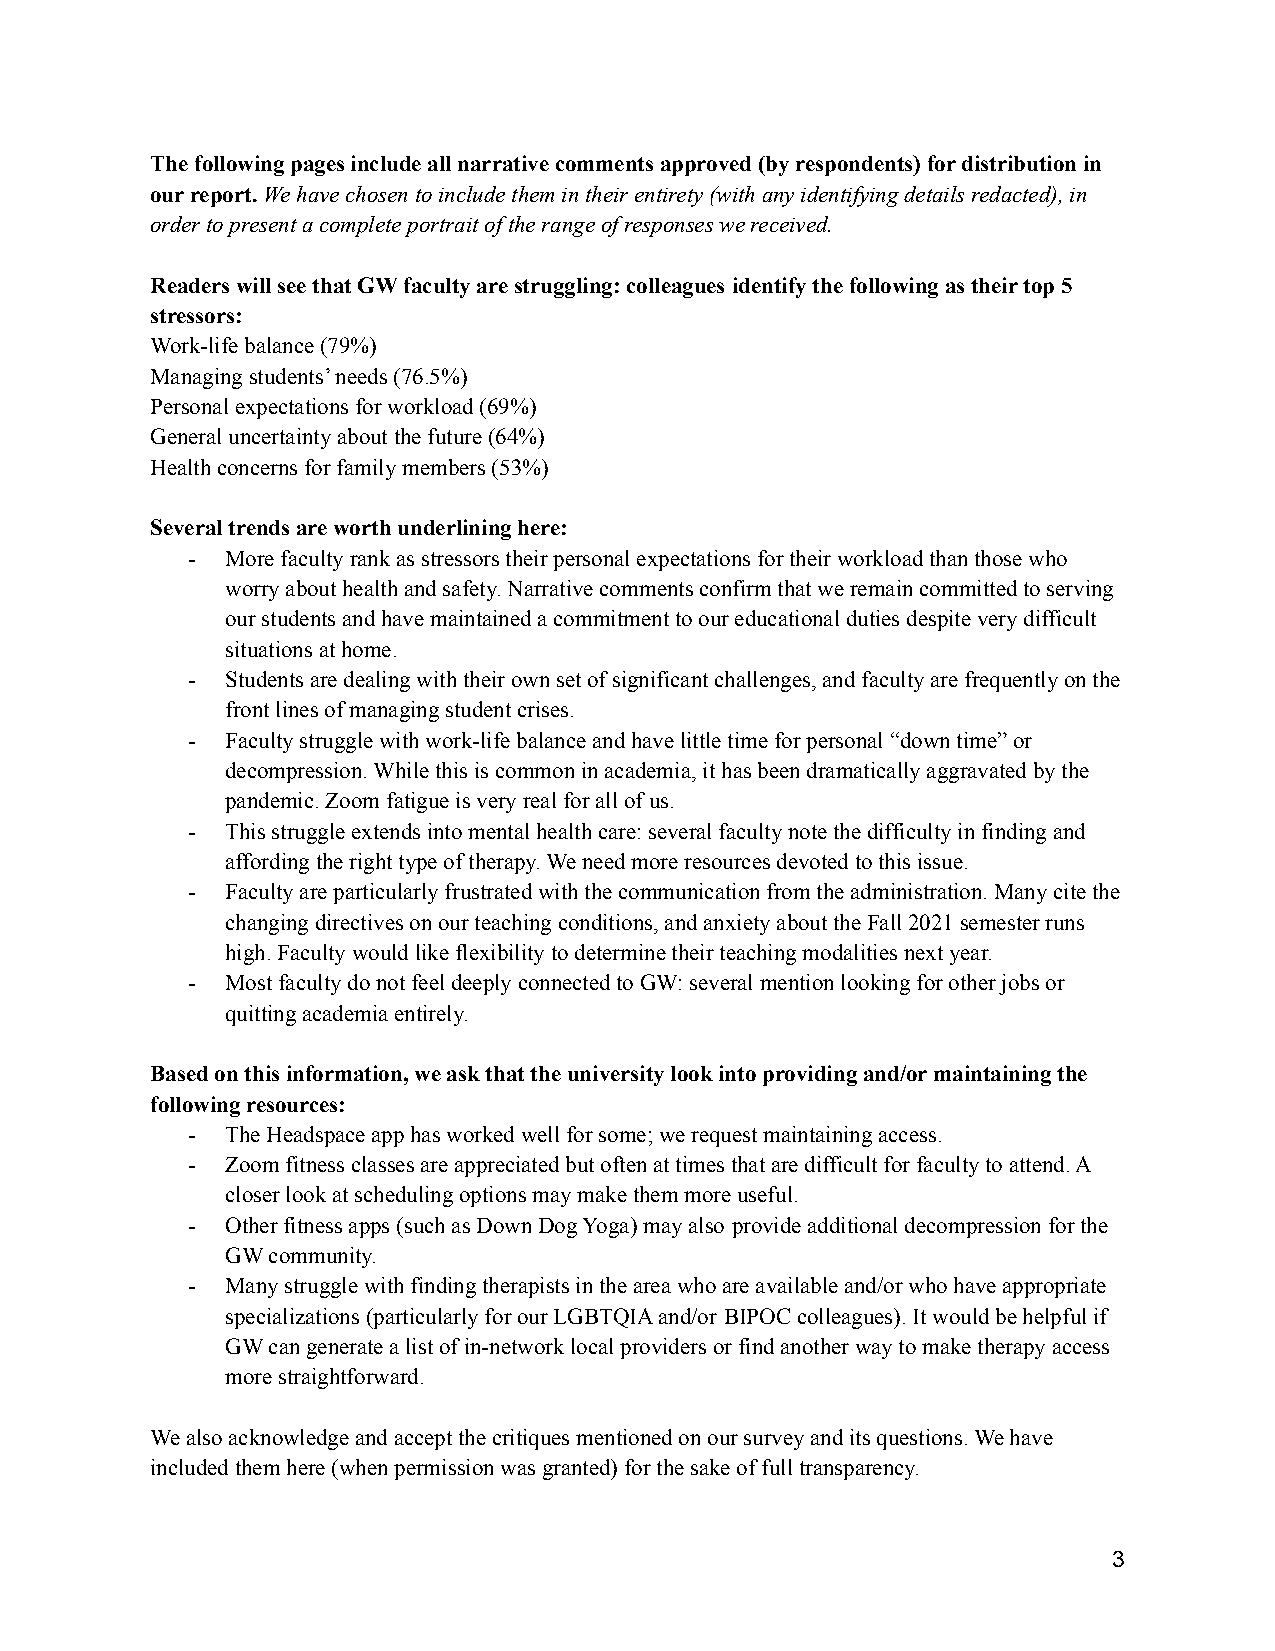
The following pages include all narrative comments approved (by respondents) for distribution in
 our report.We have chosen to include them in theirentirety (with any identifying details redacted),in
 order to present a complete portrait of the rangeof responses we received.
 Readers will see that GW faculty are struggling: colleaguesidentify the following as their top 5
 stressors:
 Work-life balance (79%)
 Managing students’ needs (76.5%)
 Personal expectations for workload (69%)
 General uncertainty about the future (64%)
 Health concerns for family members (53%)
 Several trends are worth underlining here:
 -  More faculty rank as stressors their personal expectationsfor their workload than those who
 worry about health and safety. Narrative commentsconfirm that we remain committed to serving
 our students and have maintained a commitment to oureducational duties despite very difficult
 situations at home.
 -  Students are dealing with their own set of significantchallenges, and faculty are frequently on the
 front lines of managing student crises.
 -  Faculty struggle with work-life balance and have littletime for personal “down time” or
 decompression. While this is common in academia, ithas been dramatically aggravated by the
 pandemic. Zoom fatigue is very real for all of us.
 -  This struggle extends into mental health care: severalfaculty note the difficulty in finding and
 affording the right type of therapy. We need moreresources devoted to this issue.
 -  Faculty are particularly frustrated with the communicationfrom the administration. Many cite the
 changing directives on our teaching conditions, andanxiety about the Fall 2021 semester runs
 high. Faculty would like flexibility to determinetheir teaching modalities next year.
 -  Most faculty do not feel deeply connected to GW: severalmention looking for other jobs or
 quitting academia entirely.
 Based on this information, we ask that the universitylook into providing and/or maintaining the
 following resources:
 -  The Headspace app has worked well for some; we requestmaintaining access.
 -  Zoom fitness classes are appreciated but often attimes that are difficult for faculty to attend. A
 closer look at scheduling options may make them moreuseful.
 -  Other fitness apps (such as Down Dog Yoga) may also provide additional decompression for the
 GW community.
 -  Many struggle with finding therapists in the areawho are available and/or who have appropriate
 specializations (particularly for our LGBTQIA and/or BIPOC colleagues). It would be helpful if
 GW can generate a list of in-network local providersor find another way to make therapy access
 more straightforward.
 We also acknowledge and accept the critiques mentionedon our survey and its questions. We have
 included them here (when permission was granted) forthe sake of full transparency.
 3